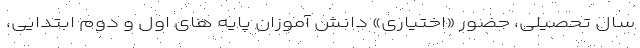
سال تحصیلی، حضور «اختیاری» دانش آموزان پایه های اول و دوم ابتدایی،